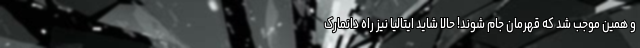
و همین موجب شد که قهرمان جام شوند! حالا شاید ایتالیا نیز راه دانمارک